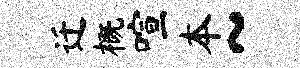
迁概喧本~